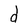
Character: d